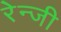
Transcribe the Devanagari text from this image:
रेन्जी